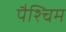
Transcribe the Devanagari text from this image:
पैश्चिम